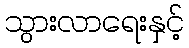
သွားလာရေးနှင့်